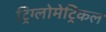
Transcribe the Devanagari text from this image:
ट्रिग्लोमेट्रिकल